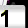
Digit: 1